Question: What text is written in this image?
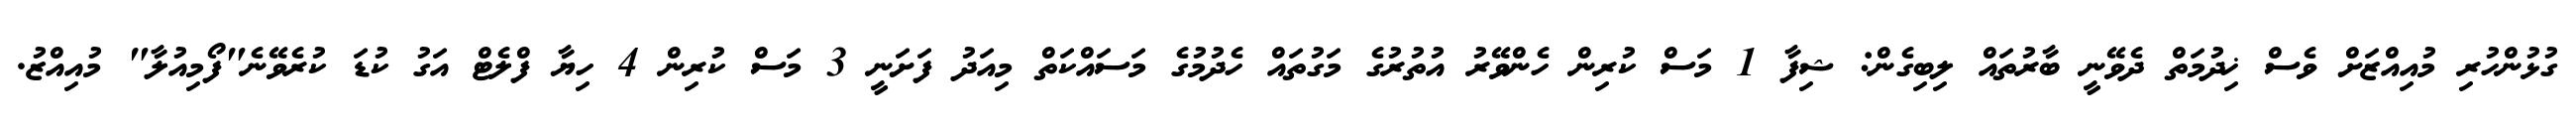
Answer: ގުޅުންހުރި މުއިއްޒަށް ވެސް ޚިދުމަތް ދެވޭނީ ބާރުތައް ލިބިގެން: ޝިފާ 1 މަސް ކުރިން ހެންވޭރު އުތުރުގެ މަގުތައް ހެދުމުގެ މަސައްކަތް މިއަދު ފަށަނީ 3 މަސް ކުރިން 4 ހިޔާ ފްލެޓް އަގު ކުޑަ ކުރެވޭނެ"ފޯމިއުލާ" މުއިއްޒު.